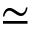
\simeq